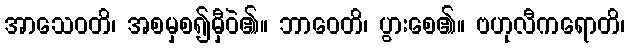
အာသေဝတိ၊ အစမှစ၍မှီဝဲ၏။ ဘာဝေတိ၊ ပွားစေ၏။ ဗဟုလီကရောတိ၊